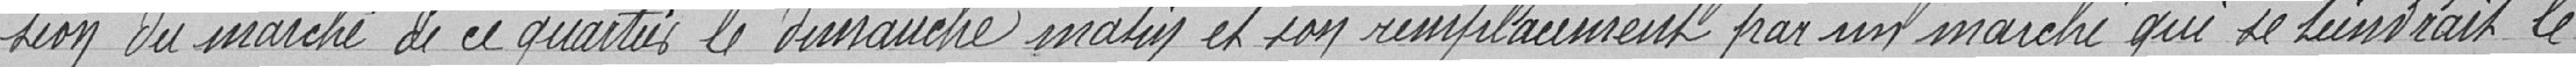
-sion du marché de ce quartier le dimanche matin et son remplacement par un marché qui se tiendrait le